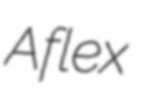
Aflex